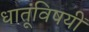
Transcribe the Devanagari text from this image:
धातूंविषयीं